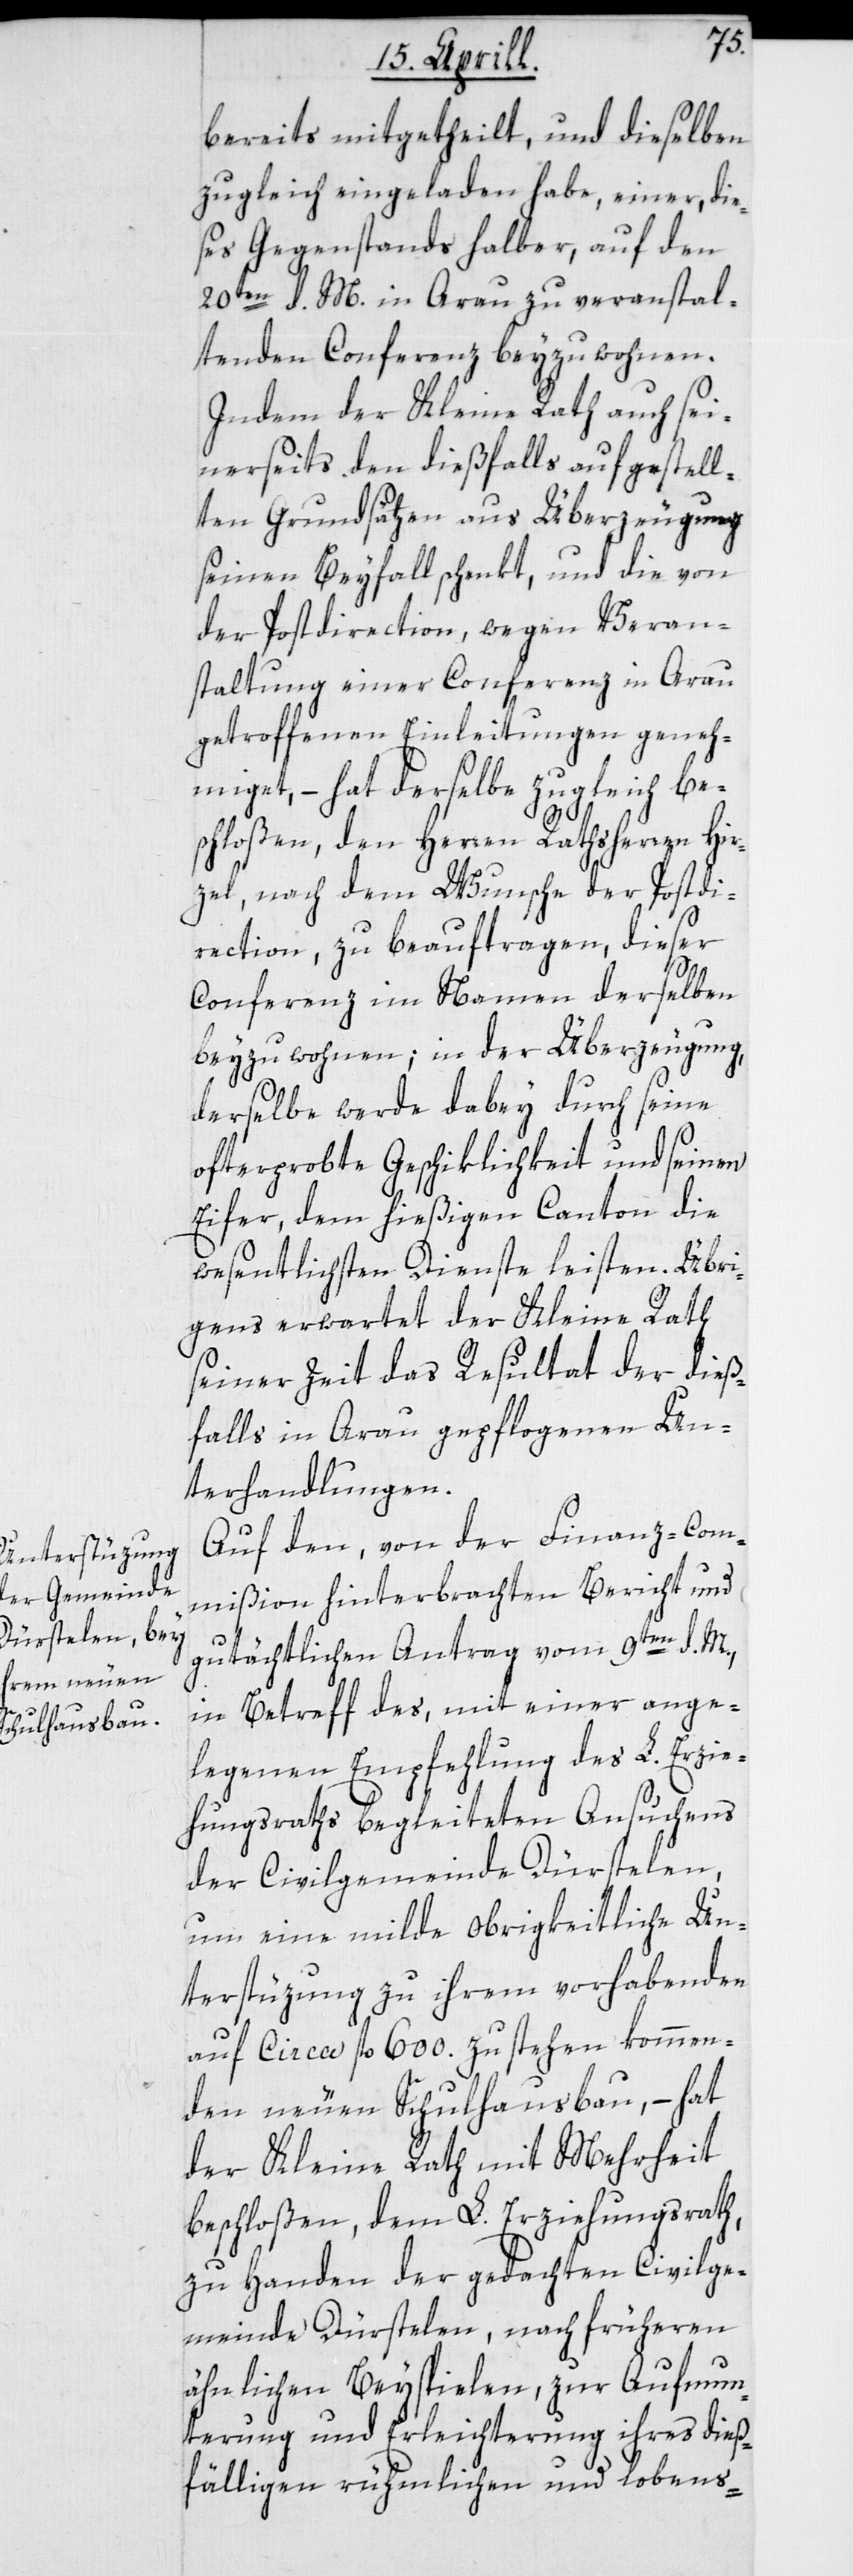
bereits mitgetheilt und dieselben
zugleich eingeladen habe, einer, die¬
ses Gegenstandes halber, auf den
20ten d. M. in Arau zu veranstal¬
tenden Conferenz beyzuwohnen.
Indem der Kleine Rath auch sei¬
nerseits den dießfalls aufgestell¬
ten Grundsätzen aus Überzeugung
seinen Beyfall schenkt, und die von
der Postdirection, wegen Veran¬
staltung einer Conferenz in Arau
getroffenen Einleitungen geneh¬
miget, – hat derselbe zugleich be¬
schloßen, den Herren Rathsherren Hir¬
zel, nach dem Wunsche der Postdi¬
rection, zu beauftragen, dieser
Conferenz im Namen derselben
beyzuwohnen; in der Überzeugung,
derselbe werde dabey durch seine
oft erprobte Geschiklichkeit und seinen
Eifer, dem hießigen Canton die
wesentlichsten Dienste leisten. Übri¬
gens erwartet der Kleine Rath
seiner Zeit das Resultat der dieß¬
falls in Arau gepflogenen Un¬
terhandlungen.
Auf den, von der Finanz-Com¬
mißion hinterbrachten Bericht und
gutächtlichen Antrag vom 9ten d. M.,
in Betreff des, mit einer ange¬
legenen Empfehlung des L. Erzie¬
hungsraths begleiteten Ansuchens
der Civilgemeinde Dürstelen,
um eine milde obrigkeitliche Un¬
terstüzung zu ihrem vorhabenden,
auf circa 600 fl. zu stehen kommen¬
den neuen Schulhausbau, – hat
der Kleine Rath mit Mehrheit
beschloßen, dem L. Erziehungsrath,
zu Handen der gedachten Civilge¬
meinde Dürstelen, nach früheren
ähnlichen Beyspielen, zur Aufmun¬
terung und Erleichterung ihres dieß¬
fälligen rühmlichen und lobens-